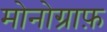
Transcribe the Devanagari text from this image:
मोनोग्राफ़